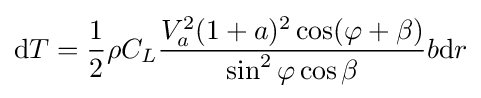
{\mbox{d}}T={\frac {1}{2}}\rho C_{L}{\frac {V_{a}^{2}(1+a)^{2}\cos(\varphi +\beta )}{\sin ^{2}\varphi \cos \beta }}b{\mbox{d}}r